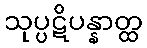
သုပ္ပဋိပန္နာတ္ထ